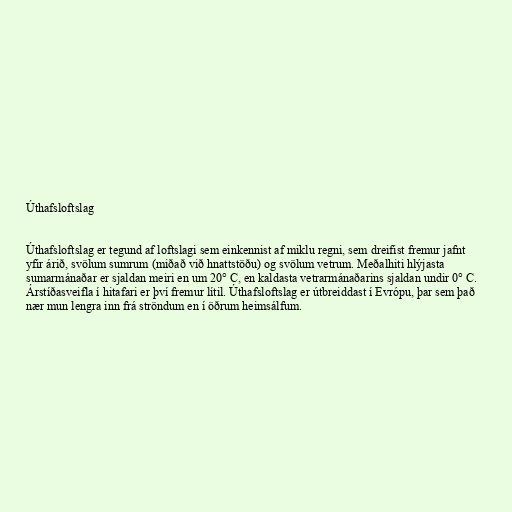
Úthafsloftslag

Úthafsloftslag er tegund af loftslagi sem einkennist af miklu regni, sem dreifist fremur jafnt
yfir árið, svölum sumrum (miðað við hnattstöðu) og svölum vetrum. Meðalhiti hlýjasta
sumarmánaðar er sjaldan meiri en um 20° C, en kaldasta vetrarmánaðarins sjaldan undir 0° C.
Árstíðasveifla í hitafari er því fremur lítil. Úthafsloftslag er útbreiddast í Evrópu, þar sem það
nær mun lengra inn frá ströndum en í öðrum heimsálfum.